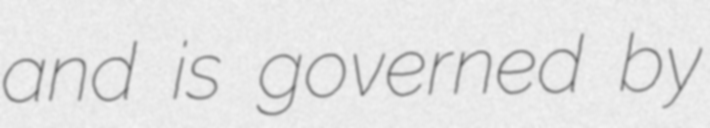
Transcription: and is governed by